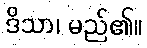
ဒိသာ၊ မည်၏။